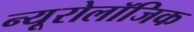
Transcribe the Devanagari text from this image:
न्यूरोलॉजिक